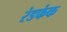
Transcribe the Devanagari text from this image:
रंडफंक